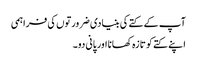
آپ کے کتے کی بنیادی ضرورتوں کی فراہمی
اپنے کتے کو تازہ کھانا اور پانی دو۔